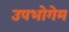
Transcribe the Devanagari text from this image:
उपभोगेम